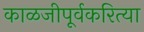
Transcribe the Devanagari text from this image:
काळजीपूर्वकरित्या